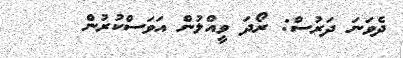
ދެވަނަ ދަރުސް: ރޯދަ ވީއްލުން އަވަސްކުރުން